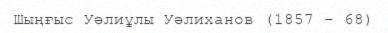
Шыңғыс Уәлиұлы Уәлиханов (1857 – 68)